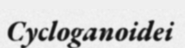
Cycloganoidei